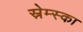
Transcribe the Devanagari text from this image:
स्रेम्स्का